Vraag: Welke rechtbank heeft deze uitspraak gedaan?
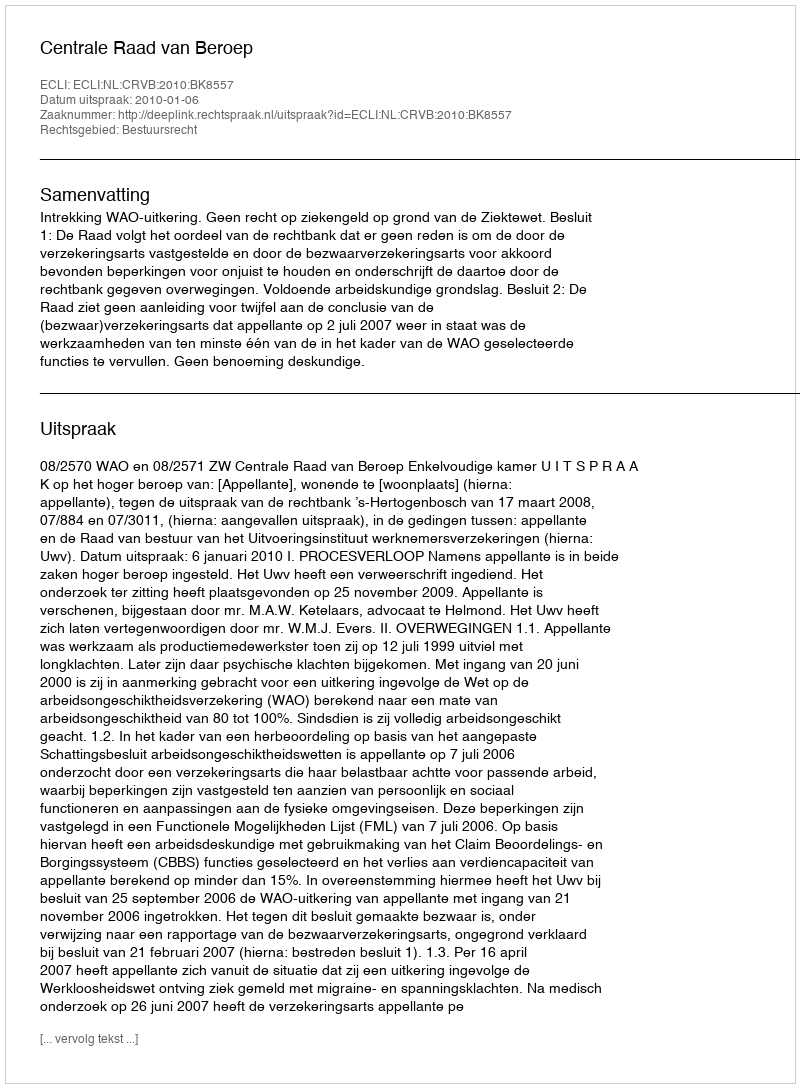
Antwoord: Centrale Raad van Beroep